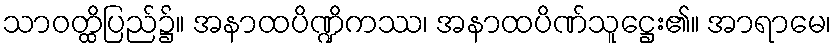
သာဝတ္ထိပြည်၌။ အနာထပိဏ္ဍိကဿ၊ အနာထပိဏ်သူဋ္ဌေး၏။ အာရာမေ၊